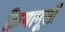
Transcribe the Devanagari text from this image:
क्रियामूलों